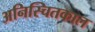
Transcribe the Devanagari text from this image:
अनिस्चितकाल